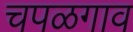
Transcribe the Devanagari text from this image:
चपळगाव